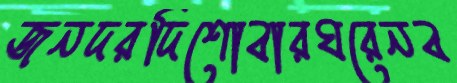
জনদরদিশোবারঘরেনব